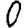
Digit: 0